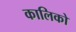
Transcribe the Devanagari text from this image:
कालिको